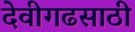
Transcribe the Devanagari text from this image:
देवीगढसाठी